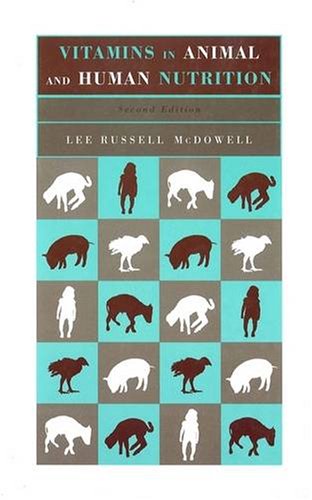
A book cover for Vitamins in Animal and Human Nutrition; Lee Russell McDowell; Medical Books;